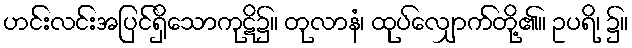
ဟင်းလင်းအပြင်ရှိသောကုဋိ၌။ တုလာနံ၊ ထုပ်လျှောက်တို့၏။ ဥပရိ၊ ၌။